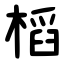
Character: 槄